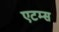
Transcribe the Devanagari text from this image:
एटम्स